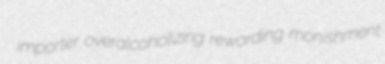
importer overalcoholizing rewording monishment